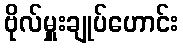
ဗိုလ်မှူးချုပ်ဟောင်း